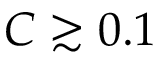
C \gtrsim 0 . 1